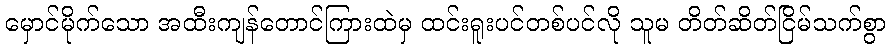
မှောင်မိုက်သော အထီးကျန်တောင်ကြားထဲမှ ထင်းရူးပင်တစ်ပင်လို သူမ တိတ်ဆိတ်ငြိမ်သက်စွာ